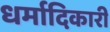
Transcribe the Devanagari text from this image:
धर्मादिकारी